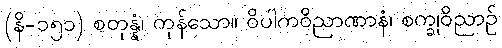
(နိ-၁၅၁) စတုန္နံ၊ ကုန်သော။ ဝိပါကဝိညာဏာနံ၊ စက္ခုဝိညာဉ်